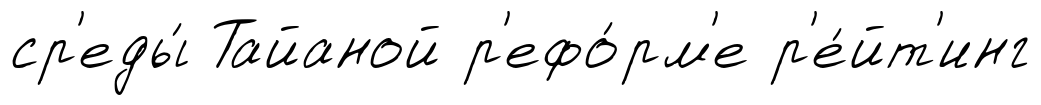
ср'еды́ Тайаной р'ефо́рм'е р'е́йт'инг